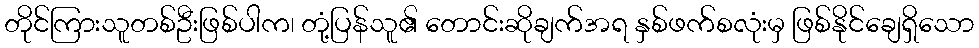
တိုင်ကြားသူတစ်ဦးဖြစ်ပါက၊ တုံ့ပြန်သူ၏ တောင်းဆိုချက်အရ နှစ်ဖက်စလုံးမှ ဖြစ်နိုင်ချေရှိသော